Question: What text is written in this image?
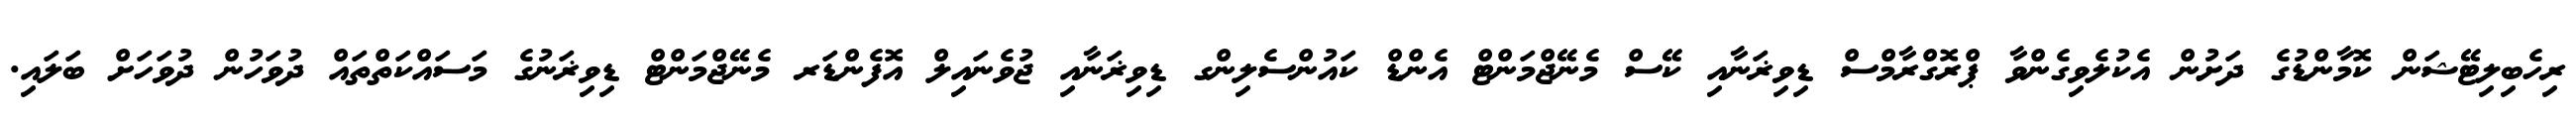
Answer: ރިހެބިލިޓޭޝަން ކޮމާންޑުގެ ދަށުން އެކުލެވިގެންވާ ޕްރޮގްރާމްސް ޑިވިޜަނާއި ކޭސް މެނޭޖްމަންޓް އެންޑް ކައުންސެލިންގ ޑިވިޜަނާއި ޖުވެނައިލް އޮފެންޑަރ މެނޭޖްމަންޓް ޑިވިޜަނުގެ މަސައްކަތްތައް ދުވަހުން ދުވަހަށް ބަލައި.